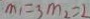
m _ { 1 } = 3 m _ { 2 } = 2